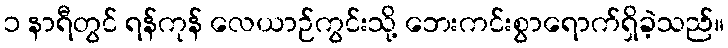
၁ နာရီတွင် ရန်ကုန် လေယာဉ်ကွင်းသို့ ဘေးကင်းစွာရောက်ရှိခဲ့သည်။